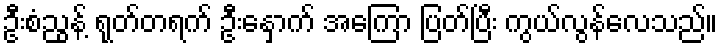
ဦးစံညွန့် ရုတ်တရက် ဦးနှောက် အကြော ပြတ်ပြီး ကွယ်လွန်လေသည်။